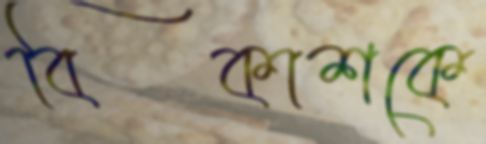
বিকাশকে